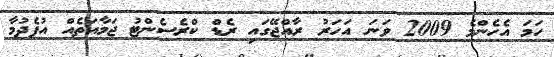
ހަމަ އެހެންމެ 2009 ވަނަ އަހަރު ރާއްޖޭގައި ރެޑް ކްރެސެންޓު ޖަމާއަތެއް އުފެދުމާ